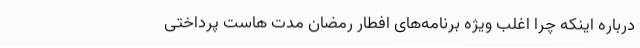
درباره اینکه چرا اغلب ویژه برنامه‌های افطار رمضان مدت هاست پرداختی